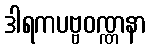
ဒါရကပဗ္ဗဝဏ္ဏနာ